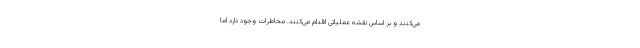
می‌کنند و بر اساس نقشه عملیاتی اقدام می‌کنند. مخاطرات وجود دارد اما